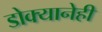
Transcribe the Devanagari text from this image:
डोक्यानेही